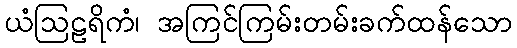
ယံဩဠရိကံ၊ အကြင်ကြမ်းတမ်းခက်ထန်သော